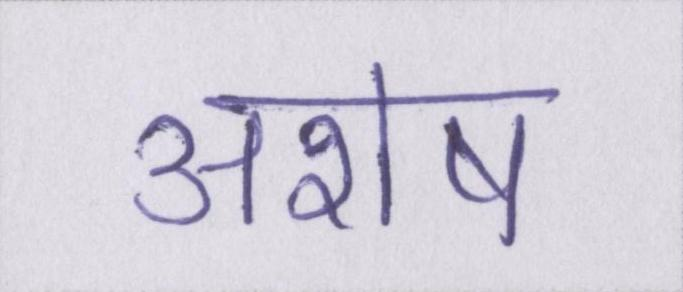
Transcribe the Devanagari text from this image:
अशेष